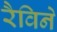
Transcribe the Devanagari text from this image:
रैविने